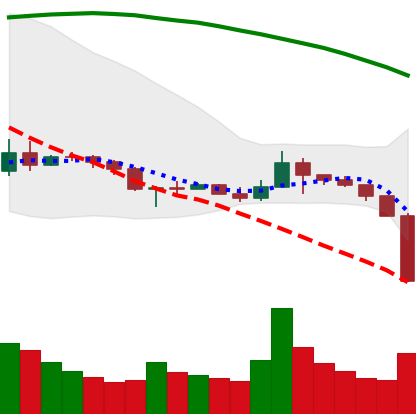
Ticker: BNB-USD
Chart end date: 2019-09-24
Forward return: -4.746%
Label: down_3_5